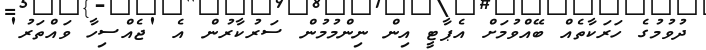
ދުވުމުގެ ހަރަކާތެއް ބޭއްވުމަށް އެޕާޓީ އިން ނިންމުމުން ސަރުކާރުން އެ 'ޖެއްސިހާ ވައްތަރު'